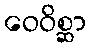
ဝေဝိစ္ဆာ